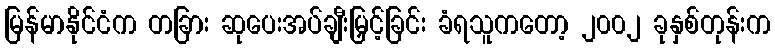
မြန်မာနိုင်ငံက တခြား ဆုပေးအပ်ချီးမြှင့်ခြင်း ခံရသူကတော့ ၂၀၀၂ ခုနှစ်တုန်းက